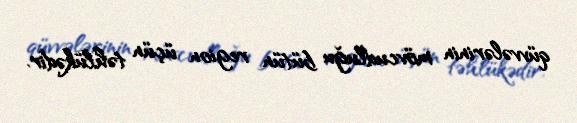
qüvvələrinin mövcudluğu bütün region üçün təhlükədir.